Annual report on the lock hospitals of the Madras Presidency
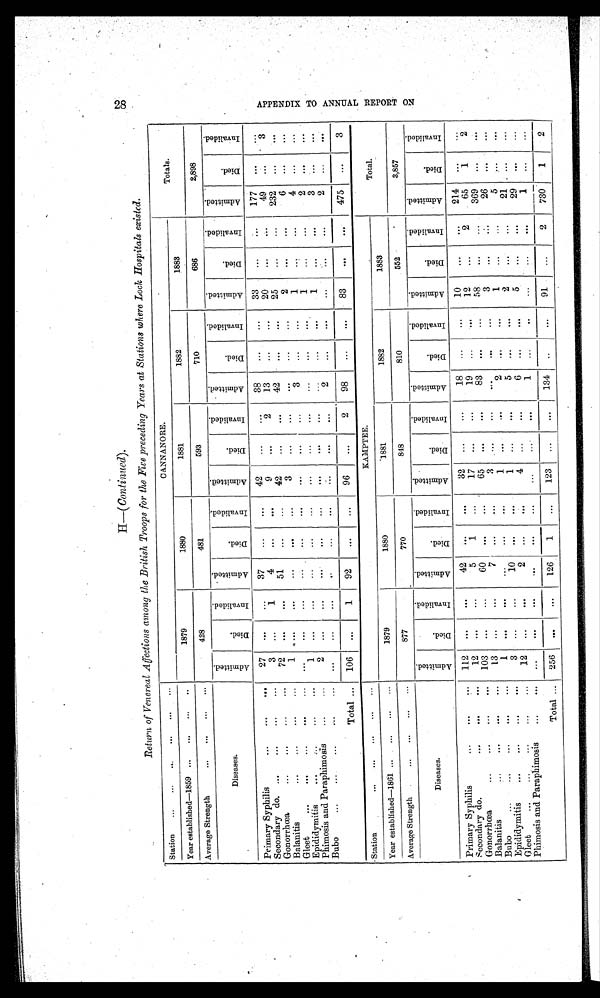
H—( Continued).
Return of Venereal Affections among the British Troops for the Five preceding Years at Stations where Lock Hospitals existed.
Station ... ... ...
... . . .
. . .
CANNANORE.
Totals.
Year established—1859 ... ... ... ..
1879
1880
1881
1882
1883
Average Strength
... ... ... ...
428
481
593
710
686
2,898
Diseases.
A d m i t t e d .
D i e d .
I n v a l i d e d .
A d m i t t e d .
D i e d .
I n v a l i d e d .
A d m i t t e d .
D i e d .
I n v a l i d e d .
A d m i t t e d .
D i e d .
I n v a l i d e d .
A d m i t t e d .
D i e d .
I n v a l i d e d . A d m i t t e d .
D i e d .
I n v a l i d e d .
Primary Syphilis
...
...
...
27
...
...
37
...
...
42
...
...
38
...
...
33
...
...
177 ...
...
Secondary do. ...
...
3
...
1
4
...
. . .
9
...
2
13
...
...
20
...
...
49 ...
3
Gonorrhœa
...
...
...
...
72
... ...
51
...
...
42
...
. . .
42
...
. . .
25
...
...
232
...
. . .
Balanitis ...
1
...
...
...
. . .
...
3
...
...
...
...
...
2
...
...
6 ...
...
Gleet
... ... ...
...
...
. . .
. . .
. . .
. . .
. . .
. . .
. . .
3
...
...
1
. . . ...
4 ...
...
Epididymitis
...
1
. . .
... ...
. . .
...
. . .
...
...
... ... ...
1
...
...
2
...
...
Phimosis and Paraphimosis
...
2
. . .
...
. . .
...
...
. . . ...
...
...
...
...
1
... ...
3
...
...
Bubo
...
...
...
... ...
. . .
...
... ...
...
...
...
...
2
...
...
...
...
...
2 ...
. . .
Total ... 106 ...
1
92
...
...
96
...
2
98
...
...
83
. . .
...
475 ...
3
Station
... ... ... ... ...
KAMPTEE.
Total.
Year established—1861 ... ...
...
...
1879
1880
1881
1882
1883
Average Strength
... ...
... ...
877
770
848
810
552
3,857
Diseases.
A d m i t t e d .
D i e d .
I n v a l i d e d .
A d m i t t e d .
D i e d .
I n v a l i d e d .
A d m i t t e d .
D i e d .
I n v a l i d e d .
A d m i t t e d .
D i e d .
I n v a l i d e d .
A d m i t t e d .
D i e d .
I n v a l i d e d .
A d m i t t e d .
D i e d .
I n v a l i d e d .
Primary Syphilis
...
112
...
...
42
...
. . .
32 ...
...
18 ...
...
10
...
...
214
. . .
...
secondary do.
...
...
12
...
...
5
1
...
17 ...
...
19
...
. . .
12
...
2
65
1
2
Gonorrhœa... ... ...
1 0 3
...
...
60
...
. . .
65
. . .
. . .
83
. . . ...
58
...
...
369
. . .
. . .
Balanitis... ..
...
. . .
1 3 ...
...
7
. . .
. . .
3 ...
...
...
. . . ...
3
. . . ...
26 ...
...
Bubo
...
...
...
1
. . .
...
...
...
...
1 ...
...
2
...
...
1
...
...
5
. . .
...
Epididymitis
...
3 ...
...
10 ...
. . .
1
...
...
5 ...
. . .
2
... ...
21 ...
...
Gleet
...
...
12
...
...
2 ...
. . .
4 ...
...
6
...
. . .
5
...
...
29
. . .
...
Phimosis and Paraphimosis
...
...
...
. . .
. . .
. . .
...
...
...
. . .
1 ...
..
...
...
...
1
...
...
Total ... 256
. . .
. . .
126
1
...
123 ...
...
134 ..
...
91
...
2
730
1
2
28
A P P E N D I X T O A N N U A L R E P O R T O N